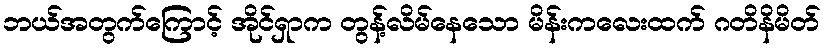
ဘယ်အတွက်ကြောင့် အိုင်ရှာက တွန့်လိမ်နေသော မိန်းကလေးထက် ဂတိနိမိတ်